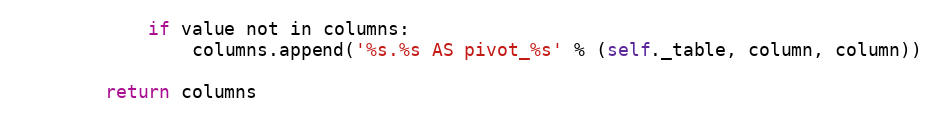
Language: Python
            if value not in columns:
                columns.append('%s.%s AS pivot_%s' % (self._table, column, column))

        return columns